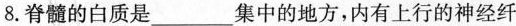
8.脊髓的白质是___集中的地方，内有上行的神经纤